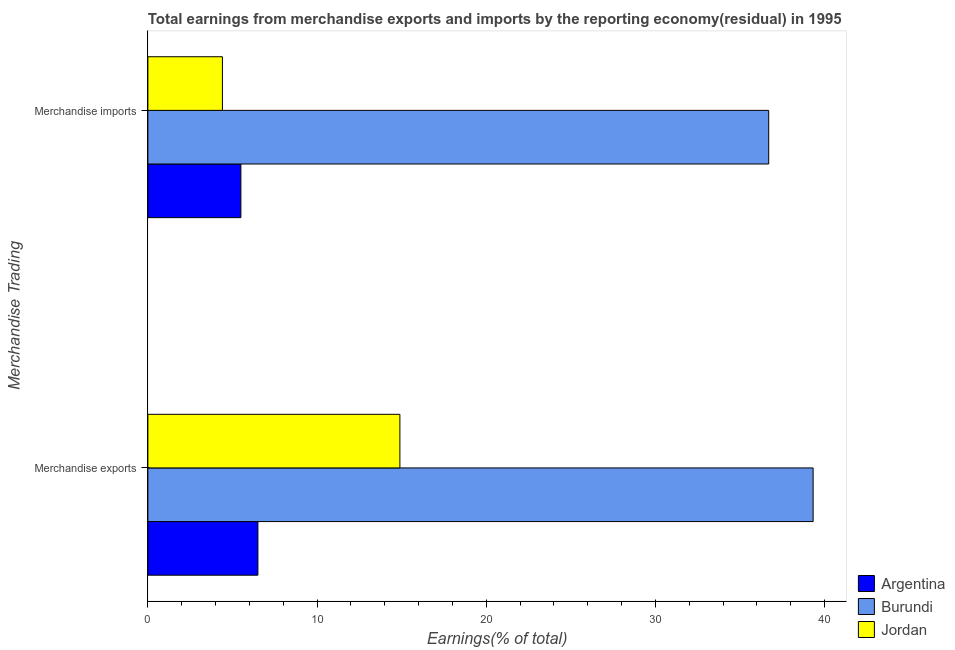
| Merchandise Trading | Argentina | Burundi | Jordan |
 | --- | --- | --- | --- |
 | Merchandise exports | 6.51 | 39.3 | 14.9 |
 | Merchandise imports | 5.5 | 36.7 | 4.41 |